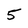
Character: 5